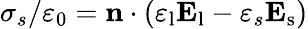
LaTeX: \sigma_{s}/\varepsilon_{0}=\mathbf{n}\cdot(\varepsilon_{\mathrm{l}}\mathbf{E}_{\mathrm{l}}-\varepsilon_{s}\mathbf{E}_{\mathrm{s}})